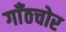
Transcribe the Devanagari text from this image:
गाँठचोर